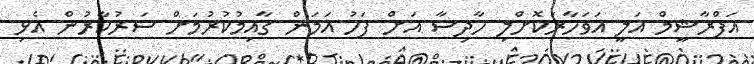
އަފްރާޝީމް އަލީ އަވަހާރަކޮށްލި ހާދިސާ އަށް ފަހު އަމަން ގާއިމުކުރުމަށް ސަރުކާރުން އެޅި